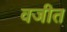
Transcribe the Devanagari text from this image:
वजीत